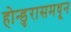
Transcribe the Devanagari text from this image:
होन्डुरासमधून